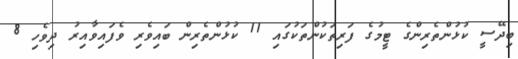
ބިދޭސީ ކުޅުންތެރިންގެ ޓީމުގެ ފަރިތަކުންތަކުގައި 11 ކުޅުންތެރިން ބައިވެރި ވެފައިވާއިރު ދިވެހި 8